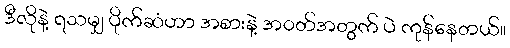
ဒီလိုနဲ့ ရသမျှ ပိုက်ဆံဟာ အစားနဲ့ အဝတ်အတွက် ပဲ ကုန်နေတယ်။